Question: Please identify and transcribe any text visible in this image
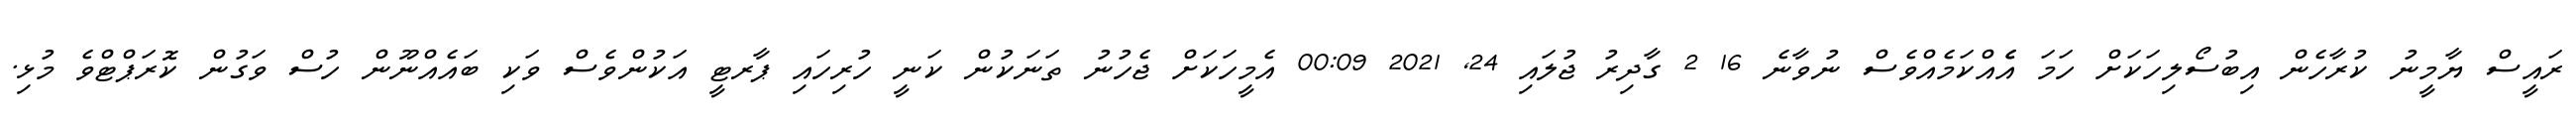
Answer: ރައީސް ޔާމީނު ކުރާހެން އިބުސޯލިހަކަށް ހަމަ އެެއްކަމެއްވެސް ނުވާނެ 16 2 ގާދިރު ޖުލައި 24, 2021 00:09 އެމީހަކަށް ޖެހުނު ތަނަކުން ކަނީ ހުރިހައި ޕާރޓީ އަކުންވެސް ވަކި ބައެއްނޫން ހުސް ވަގުން ކޮރަޕްޓްވެ މުޅި.